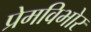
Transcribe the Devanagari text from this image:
प्रेमविभोर